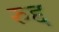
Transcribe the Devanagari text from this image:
रुद्द